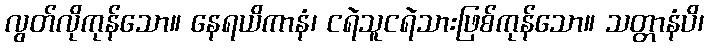
လွတ်လိုကုန်သော။ နေရယိကာနံ၊ ငရဲသူငရဲသားဖြစ်ကုန်သော။ သတ္တာနံပိ၊